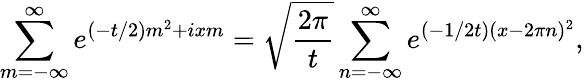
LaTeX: \sum_{m=-\infty}^{\infty}e^{(-t/2)m^{2}+ixm}=\sqrt{\frac{2\pi}{t}}\sum_{n=-\infty}^{\infty}e^{(-1/2t)(x-2\pi n)^{2}},